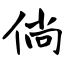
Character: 倘